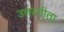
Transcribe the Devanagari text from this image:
उत्तरगीता